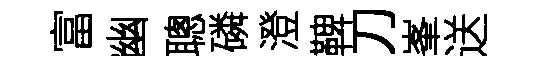
富幽聰磷澄鞞刀峯送